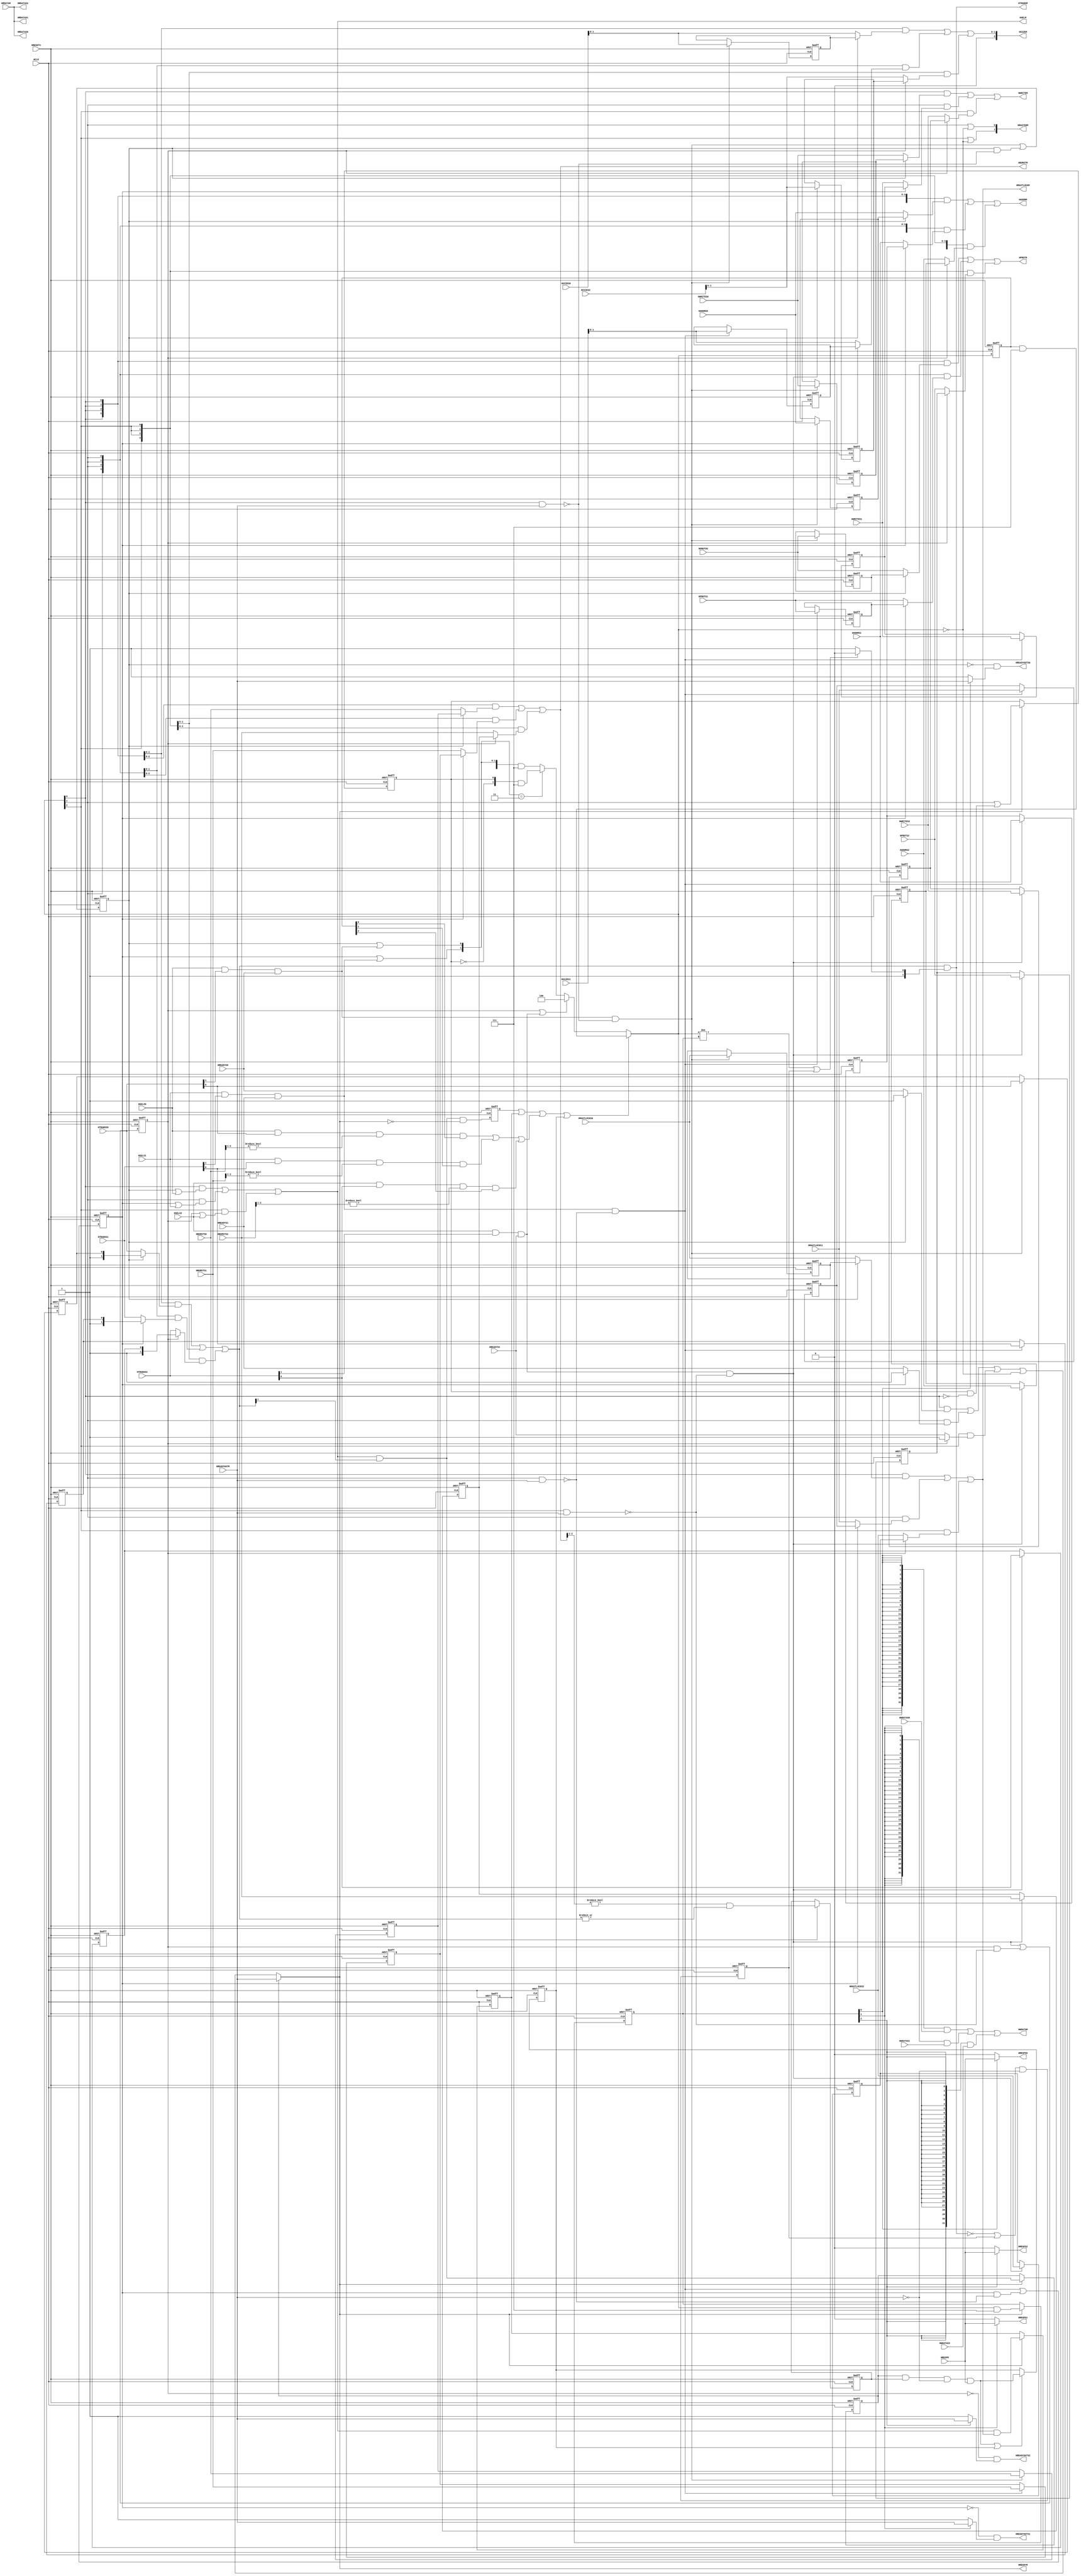
//-----------------------------------------------------------------------------
// The confidential and proprietary information contained in this file may
// only be used by a person authorised under and to the extent permitted
// by a subsisting licensing agreement from ARM Limited.
//
//            (C) COPYRIGHT 2010-2013 ARM Limited.
//                ALL RIGHTS RESERVED
//
// This entire notice must be reproduced on all copies of this file
// and copies of this file may only be made by a person if such person is
// permitted to do so under the terms of a subsisting license agreement
// from ARM Limited.
//
//      SVN Information
//
//      Checked In          : $Date: 2013-04-05 16:06:17 +0100 (Fri, 05 Apr 2013) $
//
//      Revision            : $Revision: 243003 $
//
//      Release Information : Cortex-M System Design Kit-r1p0-00rel0
//
//-----------------------------------------------------------------------------
//-----------------------------------------------------------------------------
// Abstract : Three to One AHB master multiplexer
//-----------------------------------------------------------------------------
// This block allows up to three bus masters to connect to an AHB slave.
// Each slave port for master connection (S0, S1, S2) can be disabled by
// parameter if not used.
// Port 0 and Port 1 are same priority - and use round robin arbitration.
// Port 2 is higher priority.

module cmsdk_ahb_master_mux #(
  // Parameters to enable/disable ports
  parameter PORT0_ENABLE=1,
  parameter PORT1_ENABLE=1,
  parameter PORT2_ENABLE=1,
  parameter DW=32)
 (
  // --------------------------------------------------------------------------------
  // I/O declaration
  // --------------------------------------------------------------------------------

  input  wire          HCLK,       // Clock
  input  wire          HRESETn,    // Reset

  // AHB connection to master #0
  input  wire          HSELS0,
  input  wire [31:0]   HADDRS0,
  input  wire  [1:0]   HTRANSS0,
  input  wire  [2:0]   HSIZES0,
  input  wire          HWRITES0,
  input  wire          HREADYS0,
  input  wire  [3:0]   HPROTS0,
  input  wire  [2:0]   HBURSTS0,
  input  wire          HMASTLOCKS0,
  input  wire [DW-1:0] HWDATAS0,

  output wire          HREADYOUTS0,
  output wire          HRESPS0,
  output wire [DW-1:0] HRDATAS0,

  // AHB connection to master #1
  input  wire          HSELS1,
  input  wire [31:0]   HADDRS1,
  input  wire  [1:0]   HTRANSS1,
  input  wire  [2:0]   HSIZES1,
  input  wire          HWRITES1,
  input  wire          HREADYS1,
  input  wire  [3:0]   HPROTS1,
  input  wire  [2:0]   HBURSTS1,
  input  wire          HMASTLOCKS1,
  input  wire [DW-1:0] HWDATAS1,

  output wire          HREADYOUTS1,
  output wire          HRESPS1,
  output wire [DW-1:0] HRDATAS1,

  // AHB connection to master #2
  input  wire          HSELS2,
  input  wire [31:0]   HADDRS2,
  input  wire  [1:0]   HTRANSS2,
  input  wire  [2:0]   HSIZES2,
  input  wire          HWRITES2,
  input  wire          HREADYS2,
  input  wire  [3:0]   HPROTS2,
  input  wire  [2:0]   HBURSTS2,
  input  wire          HMASTLOCKS2,
  input  wire [DW-1:0] HWDATAS2,

  output wire          HREADYOUTS2,
  output wire          HRESPS2,
  output wire [DW-1:0] HRDATAS2,

  // AHB output master port
  output wire          HSELM,
  output wire [31:0]   HADDRM,
  output wire  [1:0]   HTRANSM,
  output wire  [2:0]   HSIZEM,
  output wire          HWRITEM,
  output wire          HREADYM,
  output wire  [3:0]   HPROTM,
  output wire  [2:0]   HBURSTM,
  output wire          HMASTLOCKM,
  output wire [DW-1:0] HWDATAM,

  input  wire          HREADYOUTM,
  input  wire          HRESPM,
  input  wire [DW-1:0] HRDATAM,

  output wire  [1:0]   HMASTERM); // Indicate which master is currently selected
                                  // (address phase)
  // --------------------------------------------------------------------------------
  // Derived parameters

  localparam       HSIZE_W   = (DW > 64) ? 3 : 2; // Width of HSIZE that need to be stored
  localparam       HSIZE_MAX = HSIZE_W - 1;       // MSB of HSIZE register

  // ----------------------------------------
  // Internal wires declarations
  reg     [2:0] mux_sel_addr_phase; // Address phase select signal (one hot)
  reg     [2:0] mux_sel_data_phase; // Data phase select signal (one hot)
  reg     [2:0] mux_sel_addr_phase_reg; // Last mux_sel_addr_phase
  wire    [2:0] bus_request;      //  Bus transfer request from each master

  // Input stage #0
  wire          port_s0_trans_valid;
  wire          port_s0_input_hold;
  reg           port_s0_hold_active;
  wire          nxt_port_s0_hold_active;

  reg   [31:0]  haddr_s0_reg;    // Input buffer signals
  reg           htrans_s0_reg;   // HTRANS buffer:only bit 0 is needed because bit 1 is always 1
  reg           hwrite_s0_reg;
  reg    [HSIZE_MAX:0]  hsize_s0_reg;
  reg    [3:0]  hprot_s0_reg;
  reg    [2:0]  hburst_s0_reg;
  reg           hmastlock_s0_reg;

  // Input stage #0  results
  wire  [31:0]  haddr_s0_ips;
  wire   [1:0]  htrans_s0_ips;
  wire          hwrite_s0_ips;
  wire   [HSIZE_MAX:0]  hsize_s0_ips;
  wire   [3:0]  hprot_s0_ips;
  wire   [2:0]  hburst_s0_ips;
  wire          hmastlock_s0_ips;
  wire          hready_s0_ips;

  // Input stage #1
  wire          port_s1_trans_valid;
  wire          port_s1_input_hold;
  reg           port_s1_hold_active;
  wire          nxt_port_s1_hold_active;

  reg   [31:0]  haddr_s1_reg;    // Input buffer signals
  reg           htrans_s1_reg;   // HTRANS buffer:only bit 0 is needed because bit 1 is always 1
  reg           hwrite_s1_reg;
  reg    [HSIZE_MAX:0]  hsize_s1_reg;
  reg    [3:0]  hprot_s1_reg;
  reg    [2:0]  hburst_s1_reg;
  reg           hmastlock_s1_reg;

  // Input stage #1  results
  wire  [31:0]  haddr_s1_ips;
  wire   [1:0]  htrans_s1_ips;
  wire          hwrite_s1_ips;
  wire   [HSIZE_MAX:0]  hsize_s1_ips;
  wire   [3:0]  hprot_s1_ips;
  wire   [2:0]  hburst_s1_ips;
  wire          hmastlock_s1_ips;
  wire          hready_s1_ips;

  // Input stage #2
  wire          port_s2_trans_valid;
  wire          port_s2_input_hold;
  reg           port_s2_hold_active;
  wire          nxt_port_s2_hold_active;

  reg   [31:0]  haddr_s2_reg;    // Input buffer signals
  reg           htrans_s2_reg;   // HTRANS buffer:only bit 0 is needed because bit 1 is always 1
  reg           hwrite_s2_reg;
  reg    [HSIZE_MAX:0]  hsize_s2_reg;
  reg    [3:0]  hprot_s2_reg;
  reg    [2:0]  hburst_s2_reg;
  reg           hmastlock_s2_reg;

  // Input stage #2  results
  wire  [31:0]  haddr_s2_ips;
  wire   [1:0]  htrans_s2_ips;
  wire          hwrite_s2_ips;
  wire   [HSIZE_MAX:0]  hsize_s2_ips;
  wire   [3:0]  hprot_s2_ips;
  wire   [2:0]  hburst_s2_ips;
  wire          hmastlock_s2_ips;
  wire          hready_s2_ips;

  // Master Multiplexer signals
  wire          hsel_mux;
  wire  [31:0]  haddr_mux;
  wire   [1:0]  htrans_mux;
  wire          hwrite_mux;
  wire   [HSIZE_MAX:0]  hsize_mux;
  wire   [3:0]  hprot_mux;
  wire   [2:0]  hburst_mux;
  wire          hmastlock_mux;
  wire          hready_mux;
  wire  [DW-1:0]  hwdata_mux;

  wire   [2:0]  port_enable_mask;
  reg           active_transfer_reg; // active data phase
  wire          nxt_active_transfer;

  // ----------------------------------------
  // Start of main code
    // mask signal to remove unused logic
  assign port_enable_mask[0] = (PORT0_ENABLE!=1'b0) ? 1'b1 : 1'b0;
  assign port_enable_mask[1] = (PORT1_ENABLE!=1'b0) ? 1'b1 : 1'b0;
  assign port_enable_mask[2] = (PORT2_ENABLE!=1'b0) ? 1'b1 : 1'b0;
  // ----------------------------------------
  // Port #0 Input stage

  // A transfer request is made
  assign port_s0_trans_valid = HSELS0 & HTRANSS0[1] & HREADYS0;
  // A transfer needs to be held
  assign port_s0_input_hold  = port_s0_trans_valid & (~(mux_sel_addr_phase[0] & HREADYOUTM));
  // Hold the active status until the request has been transfered to slave port
  assign nxt_port_s0_hold_active = port_s0_input_hold | (port_s0_hold_active & (~(mux_sel_addr_phase[0] & HREADYOUTM)));

  // Hold active register
  always @(posedge HCLK or negedge HRESETn)
  begin
    if (~HRESETn)
      port_s0_hold_active <= 1'b0;
    else if (port_enable_mask[0])
      port_s0_hold_active <= nxt_port_s0_hold_active;
  end

  // Holding registers
  always @(posedge HCLK or negedge HRESETn)
  begin
    if (~HRESETn)
      begin
      haddr_s0_reg     <= {32{1'b0}};
      htrans_s0_reg    <= 1'b0;
      hwrite_s0_reg    <= 1'b0;
      hsize_s0_reg     <= {HSIZE_W{1'b0}};
      hprot_s0_reg     <= {4{1'b0}};
      hburst_s0_reg    <= {3{1'b0}};
      hmastlock_s0_reg <= 1'b0;
      end
    else if (port_s0_input_hold & port_enable_mask[0])
      begin
      haddr_s0_reg     <= HADDRS0;
      htrans_s0_reg    <= HTRANSS0[0];
      hwrite_s0_reg    <= HWRITES0;
      hsize_s0_reg     <= HSIZES0[HSIZE_MAX:0];
      hprot_s0_reg     <= HPROTS0;
      hburst_s0_reg    <= HBURSTS0;
      hmastlock_s0_reg <= HMASTLOCKS0;
      end
  end

  // multiplexing of input/holding registers
  assign haddr_s0_ips     = (port_s0_hold_active) ? haddr_s0_reg    : HADDRS0;
  assign htrans_s0_ips    = (port_s0_hold_active) ? {1'b1, htrans_s0_reg}: HTRANSS0;
  assign hwrite_s0_ips    = (port_s0_hold_active) ? hwrite_s0_reg   : HWRITES0;
  assign hsize_s0_ips     = (port_s0_hold_active) ? hsize_s0_reg    : HSIZES0[HSIZE_MAX:0];
  assign hprot_s0_ips     = (port_s0_hold_active) ? hprot_s0_reg    : HPROTS0;
  assign hburst_s0_ips    = (port_s0_hold_active) ? hburst_s0_reg   : HBURSTS0;
  assign hmastlock_s0_ips = (port_s0_hold_active) ? hmastlock_s0_reg: HMASTLOCKS0;
  assign hready_s0_ips    = (port_s0_hold_active) ? 1'b1            : HREADYS0;

  // Result to master
    // Wait state generated if transfer request held in hold buffer, or
    // Data phase select active and HREADYOUTM is low, otherwise HREADYOUT is 1
  assign HREADYOUTS0 = (~port_s0_hold_active) &
                       ((mux_sel_data_phase[0]) ? HREADYOUTM : 1'b1);
  assign HRESPS0     = ((mux_sel_data_phase[0]) ? HRESPM     : 1'b0);
  assign HRDATAS0    =                            HRDATAM;

  // ----------------------------------------
  // Port #1 Input stage

  // A transfer request is made
  assign port_s1_trans_valid = HSELS1 & HTRANSS1[1] & HREADYS1;
  // A transfer needs to be held
  assign port_s1_input_hold  = port_s1_trans_valid & (~(mux_sel_addr_phase[1] & HREADYOUTM));
  // Hold the active status until the request has been transfered to slave port
  assign nxt_port_s1_hold_active = port_s1_input_hold | (port_s1_hold_active & (~(mux_sel_addr_phase[1] & HREADYOUTM)));

  // Hold active register
  always @(posedge HCLK or negedge HRESETn)
  begin
    if (~HRESETn)
      port_s1_hold_active <= 1'b0;
    else if (port_enable_mask[1])
      port_s1_hold_active <= nxt_port_s1_hold_active;
  end

  // Holding registers
  always @(posedge HCLK or negedge HRESETn)
  begin
    if (~HRESETn)
      begin
      haddr_s1_reg     <= {32{1'b0}};
      htrans_s1_reg    <= 1'b0;
      hwrite_s1_reg    <= 1'b0;
      hsize_s1_reg     <= {HSIZE_W{1'b0}};
      hprot_s1_reg     <= {4{1'b0}};
      hburst_s1_reg    <= {3{1'b0}};
      hmastlock_s1_reg <= 1'b0;
      end
    else if (port_s1_input_hold & port_enable_mask[1])
      begin
      haddr_s1_reg     <= HADDRS1;
      htrans_s1_reg    <= HTRANSS1[0];
      hwrite_s1_reg    <= HWRITES1;
      hsize_s1_reg     <= HSIZES1[HSIZE_MAX:0];
      hprot_s1_reg     <= HPROTS1;
      hburst_s1_reg    <= HBURSTS1;
      hmastlock_s1_reg <= HMASTLOCKS1;
      end
  end

  // multiplexing of input/holding registers
  assign haddr_s1_ips     = (port_s1_hold_active) ? haddr_s1_reg    : HADDRS1;
  assign htrans_s1_ips    = (port_s1_hold_active) ? {1'b1, htrans_s1_reg}: HTRANSS1;
  assign hwrite_s1_ips    = (port_s1_hold_active) ? hwrite_s1_reg   : HWRITES1;
  assign hsize_s1_ips     = (port_s1_hold_active) ? hsize_s1_reg    : HSIZES1[HSIZE_MAX:0];
  assign hprot_s1_ips     = (port_s1_hold_active) ? hprot_s1_reg    : HPROTS1;
  assign hburst_s1_ips    = (port_s1_hold_active) ? hburst_s1_reg   : HBURSTS1;
  assign hmastlock_s1_ips = (port_s1_hold_active) ? hmastlock_s1_reg: HMASTLOCKS1;
  assign hready_s1_ips    = (port_s1_hold_active) ? 1'b1            : HREADYS1;

  // Result to master
    // Wait state generated if transfer request held in hold buffer, or
    // Data phase select active and HREADYOUTM is low, otherwise HREADYOUT is 1
  assign HREADYOUTS1 = (~port_s1_hold_active) &
                       ((mux_sel_data_phase[1]) ? HREADYOUTM : 1'b1);
  assign HRESPS1     = ((mux_sel_data_phase[1]) ? HRESPM     : 1'b0);
  assign HRDATAS1    =                            HRDATAM;

  // ----------------------------------------
  // Port #2 Input stage

  // A transfer request is made
  assign port_s2_trans_valid = HSELS2 & HTRANSS2[1] & HREADYS2;

  // A transfer need to be hold
  assign port_s2_input_hold  = port_s2_trans_valid & (~(mux_sel_addr_phase[2] & HREADYOUTM));

  // Hold the active status until the request has been transfered to slave port
  assign nxt_port_s2_hold_active = port_s2_input_hold | (port_s2_hold_active & (~(mux_sel_addr_phase[2] & HREADYOUTM)));

  // Hold active register
  always @(posedge HCLK or negedge HRESETn)
  begin
    if (~HRESETn)
      port_s2_hold_active <= 1'b0;
    else if (port_enable_mask[2])
      port_s2_hold_active <= nxt_port_s2_hold_active;
  end

  // Holding registers
  always @(posedge HCLK or negedge HRESETn)
  begin
    if (~HRESETn)
      begin
      haddr_s2_reg     <= {32{1'b0}};
      htrans_s2_reg    <= 1'b0;
      hwrite_s2_reg    <= 1'b0;
      hsize_s2_reg     <= {HSIZE_W{1'b0}};
      hprot_s2_reg     <= {4{1'b0}};
      hburst_s2_reg    <= {3{1'b0}};
      hmastlock_s2_reg <= 1'b0;
      end
    else if (port_s2_input_hold & port_enable_mask[2])
      begin
      haddr_s2_reg     <= HADDRS2;
      htrans_s2_reg    <= HTRANSS2[0];
      hwrite_s2_reg    <= HWRITES2;
      hsize_s2_reg     <= HSIZES2[HSIZE_MAX:0];
      hprot_s2_reg     <= HPROTS2;
      hburst_s2_reg    <= HBURSTS2;
      hmastlock_s2_reg <= HMASTLOCKS2;
      end
  end

  // multiplexing of input/holding registers
  assign haddr_s2_ips     = (port_s2_hold_active) ? haddr_s2_reg    : HADDRS2;
  assign htrans_s2_ips    = (port_s2_hold_active) ? {1'b1, htrans_s2_reg}: HTRANSS2;
  assign hwrite_s2_ips    = (port_s2_hold_active) ? hwrite_s2_reg   : HWRITES2;
  assign hsize_s2_ips     = (port_s2_hold_active) ? hsize_s2_reg    : HSIZES2[HSIZE_MAX:0];
  assign hprot_s2_ips     = (port_s2_hold_active) ? hprot_s2_reg    : HPROTS2;
  assign hburst_s2_ips    = (port_s2_hold_active) ? hburst_s2_reg   : HBURSTS2;
  assign hmastlock_s2_ips = (port_s2_hold_active) ? hmastlock_s2_reg: HMASTLOCKS2;
  assign hready_s2_ips    = (port_s2_hold_active) ? 1'b1            : HREADYS2;

  // Result to master
    // Wait state generated if transfer request held in hold buffer, or
    // Data phase select active and HREADYOUTM is low, otherwise HREADYOUT is 1
  assign HREADYOUTS2 = (~port_s2_hold_active) &
                       ((mux_sel_data_phase[2]) ? HREADYOUTM : 1'b1);
  assign HRESPS2     = ((mux_sel_data_phase[2]) ? HRESPM     : 1'b0);
  assign HRDATAS2    =                            HRDATAM;

  // ----------------------------------------
  // Arbiter stage

  // Determine cases where it must not switch over
        // 1) Transfer is announced on the bus in last cycle but HREADY (HREADYM to slaves) was low
        wire   trans_announced_stalled = hsel_mux & htrans_mux[1] & (~hready_mux);
        reg    trans_announced_stalled_reg;

        always @(posedge HCLK or negedge HRESETn)
          begin
          if (~HRESETn)
            trans_announced_stalled_reg <= 1'b0;
          else
            trans_announced_stalled_reg <= trans_announced_stalled;
          end

        // 2) Locked transfer (dataphase HMASTLOCK is 1)
        //    - Sample at address phase
        wire   locked_active_trans = hsel_mux & hmastlock_mux;
        reg    locked_active_trans_reg;

        //    - Register to data phase
        always @(posedge HCLK or negedge HRESETn)
          begin
          if (~HRESETn)
            locked_active_trans_reg <= 1'b0;
          else if (hready_mux)
            locked_active_trans_reg <= locked_active_trans;
          end

        // 3) Fixed length Burst
           // Fixed length Burst on going in port #0 and was last selected port
        wire   fixed_length_burst0 = HSELS0 & HTRANSS0[0] & (HBURSTS0[2:1] != 2'b00) & mux_sel_addr_phase_reg[0];
           // Fixed length Burst on going in port #1 and was last selected port
        wire   fixed_length_burst1 = HSELS1 & HTRANSS1[0] & (HBURSTS1[2:1] != 2'b00) & mux_sel_addr_phase_reg[1];
           // Fixed length Burst on going in port #2 and was last selected port
        wire   fixed_length_burst2 = HSELS2 & HTRANSS2[0] & (HBURSTS2[2:1] != 2'b00) & mux_sel_addr_phase_reg[2];
           // Combined burst detect
        wire   fixed_length_burst = fixed_length_burst0 | fixed_length_burst1 | fixed_length_burst2;

        // 4) Error response canceling in burst
           //  A master might switch to idle in the 2nd cycle of error response during a fixed length
           //  burst.  In this case, the cmsdk_ahb_master_mux should not switch over the bus to another
           //  master and let the idle transfer get through
        reg   reg_fixed_length_burst;  // Fixed length burst in data phase
        wire  nxt_fixed_length_burst;  // Detect of active fixed length burst
        reg   reg_fixed_length_burst_err; // Registered error detect signal during fixed length burst
        wire  nxt_fixed_length_burst_err; // Error detect signal during fixed length burst (1st cycle)

        // Detect fixed length bursts
        assign nxt_fixed_length_burst = (hburst_mux[2:1] != 2'b00) & (|htrans_mux);
        // Register information to data phase
        always @(posedge HCLK or negedge HRESETn)
          begin
          if (~HRESETn)
            reg_fixed_length_burst <= 1'b0;
          else if (hready_mux)
            reg_fixed_length_burst <= nxt_fixed_length_burst;
          end

        // Set to 1 in the first cycle of error response during a fixed length burst data phase
        assign nxt_fixed_length_burst_err = active_transfer_reg & reg_fixed_length_burst &
                                            (~HREADYOUTM) & HRESPM;

        // Delay the pulse to 2nd cycle of the error response
        always @(posedge HCLK or negedge HRESETn)
          begin
          if (~HRESETn)
            reg_fixed_length_burst_err <= 1'b0;
          else if (nxt_fixed_length_burst_err|reg_fixed_length_burst_err)
            reg_fixed_length_burst_err <= nxt_fixed_length_burst_err;
          end

  // Store last address selection
  always @(posedge HCLK or negedge HRESETn)
    begin
      if (~HRESETn)
        mux_sel_addr_phase_reg <= 3'b000;
      else
        mux_sel_addr_phase_reg <= mux_sel_addr_phase;
    end

  // Registering last master selection between port 0 and port 1
  // for round robin arbitration. Set if port 1 is selected, clear if port 0 is selected.
  // No change if port 2 is selected.
  reg  reg_round_robin_state;
  wire nxt_round_robin_state;
  assign nxt_round_robin_state = (mux_sel_addr_phase[1] & port_enable_mask[1]) |
                                 (reg_round_robin_state & ((~mux_sel_addr_phase[0]) & port_enable_mask[0]));

  always @(posedge HCLK or negedge HRESETn)
    begin
      if (~HRESETn)
        reg_round_robin_state <= 1'b0;
      else if (hready_mux)
        reg_round_robin_state <= nxt_round_robin_state;
    end

  // Arbitration
  assign bus_request[0] = (port_s0_hold_active | port_s0_trans_valid) & port_enable_mask[0];
  assign bus_request[1] = (port_s1_hold_active | port_s1_trans_valid) & port_enable_mask[1];
  assign bus_request[2] = (port_s2_hold_active | port_s2_trans_valid) & port_enable_mask[2];

  // Arbitration process
  always @(mux_sel_addr_phase_reg or trans_announced_stalled_reg or
           locked_active_trans_reg or fixed_length_burst or reg_fixed_length_burst_err or
           bus_request or reg_round_robin_state or port_enable_mask)
    begin
      if (trans_announced_stalled_reg | locked_active_trans_reg | fixed_length_burst |
          reg_fixed_length_burst_err)
        // Selection unchange for four conditions
        // (announced transfer delayed, locked transfer, fixed length burst, error at fixed length bursts)
        mux_sel_addr_phase = mux_sel_addr_phase_reg & port_enable_mask;
      else if (bus_request[2]) // Port 2 - high priority
        mux_sel_addr_phase = 3'b100 & port_enable_mask; // Port 2 selected
      else if (bus_request[1:0]==2'b11) // Round robin
        // if data phase is selecting port #1, then select port #0
        // else select port #1
        mux_sel_addr_phase = ({1'b0, ~reg_round_robin_state, reg_round_robin_state}) & port_enable_mask;
      else
        mux_sel_addr_phase = bus_request & port_enable_mask;
    end

  // Data phase select signal
  wire [2:0] nxt_mux_sel_data_phase;
  assign     nxt_mux_sel_data_phase = mux_sel_addr_phase & port_enable_mask;

  always @(posedge HCLK or negedge HRESETn)
    begin
      if (~HRESETn)
        mux_sel_data_phase <= 3'b000;
      else if (hready_mux)
        mux_sel_data_phase <= nxt_mux_sel_data_phase;
    end

  // Detect active transfer in data phase
  assign nxt_active_transfer = hsel_mux & htrans_mux[1];

  always @(posedge HCLK or negedge HRESETn)
    begin
      if (~HRESETn)
        active_transfer_reg <= 1'b0;
      else if (hready_mux)
        active_transfer_reg <= nxt_active_transfer;
    end

  // ----------------------------------------
  // Master Multiplexer signals

  // Address phase
  assign   hsel_mux   =  ((   mux_sel_addr_phase[0]) & (port_s0_hold_active|HSELS0)) |
                         ((   mux_sel_addr_phase[1]) & (port_s1_hold_active|HSELS1)) |
                         ((   mux_sel_addr_phase[2]) & (port_s2_hold_active|HSELS2)) ;
  assign   haddr_mux  =  ({32{mux_sel_addr_phase[0]}} & haddr_s0_ips) |
                         ({32{mux_sel_addr_phase[1]}} & haddr_s1_ips) |
                         ({32{mux_sel_addr_phase[2]}} & haddr_s2_ips) ;
  assign   htrans_mux =  ({ 2{mux_sel_addr_phase[0]}} & htrans_s0_ips) |
                         ({ 2{mux_sel_addr_phase[1]}} & htrans_s1_ips) |
                         ({ 2{mux_sel_addr_phase[2]}} & htrans_s2_ips) ;
  assign   hwrite_mux =  (    mux_sel_addr_phase[0]   & hwrite_s0_ips) |
                         (    mux_sel_addr_phase[1]   & hwrite_s1_ips) |
                         (    mux_sel_addr_phase[2]   & hwrite_s2_ips) ;
  assign   hsize_mux  =  ({ HSIZE_W{mux_sel_addr_phase[0]}} & hsize_s0_ips) |
                         ({ HSIZE_W{mux_sel_addr_phase[1]}} & hsize_s1_ips) |
                         ({ HSIZE_W{mux_sel_addr_phase[2]}} & hsize_s2_ips) ;
  assign   hprot_mux  =  ({ 4{mux_sel_addr_phase[0]}} & hprot_s0_ips) |
                         ({ 4{mux_sel_addr_phase[1]}} & hprot_s1_ips) |
                         ({ 4{mux_sel_addr_phase[2]}} & hprot_s2_ips) ;
  assign   hburst_mux =  ({ 3{mux_sel_addr_phase[0]}} & hburst_s0_ips) |
                         ({ 3{mux_sel_addr_phase[1]}} & hburst_s1_ips) |
                         ({ 3{mux_sel_addr_phase[2]}} & hburst_s2_ips) ;
  assign   hmastlock_mux=(    mux_sel_addr_phase[0]   & hmastlock_s0_ips) |
                         (    mux_sel_addr_phase[1]   & hmastlock_s1_ips) |
                         (    mux_sel_addr_phase[2]   & hmastlock_s2_ips) ;

  //  If there is an active data transfer, hready_mux = HREADYOUTM
  //  otherwise, route HREADY signals from master side
  assign   hready_mux =  (active_transfer_reg) ?
                         HREADYOUTM :
                         (
                          (    mux_sel_addr_phase[0]   & hready_s0_ips) |
                          (    mux_sel_addr_phase[1]   & hready_s1_ips) |
                          (    mux_sel_addr_phase[2]   & hready_s2_ips) |
                          (    mux_sel_addr_phase == 3'b000)); // if nothing is selected, HREADY=1

  // Data phase
  assign   hwdata_mux =  ({DW{(mux_sel_data_phase[0] & port_enable_mask[0])}} & HWDATAS0) |
                         ({DW{(mux_sel_data_phase[1] & port_enable_mask[1])}} & HWDATAS1) |
                         ({DW{(mux_sel_data_phase[2] & port_enable_mask[2])}} & HWDATAS2) ;

  // If HTRANSM has been IDLE, make sure HTRANSM will not switch from IDLE->SEQ
  // or IDLE->NSEQ->SEQ within one address phase.  The flag is reset for ever address phase.
  reg      reg_idle_flag;
  wire     nxt_idle_flag = ((HTRANSM==2'b00) | reg_idle_flag) & (~HREADYOUTM);

  always @(posedge HCLK or negedge HRESETn)
    begin
      if (~HRESETn)
        reg_idle_flag <= 1'b0;
      else
        reg_idle_flag <= nxt_idle_flag;
    end

  // If master has been switched or if idle_flag is set, make sure HTRANSM is not SEQ
  wire    [1:0]  seq_tran_suppress = ((mux_sel_addr_phase != mux_sel_data_phase)|reg_idle_flag) ? 2'b10 : 2'b11;

  // ----------------------------------------
  // Connect to top levels
  assign   HSELM      = hsel_mux;
  assign   HADDRM     = haddr_mux;
  assign   HTRANSM    = htrans_mux & seq_tran_suppress;
  assign   HWRITEM    = hwrite_mux;
  assign   HREADYM    = hready_mux;
  assign   HSIZEM[1:0] = hsize_mux;
  assign   HSIZEM[2]   = (DW > 64) ? hsize_mux[HSIZE_MAX] : 1'b0;
  assign   HPROTM     = hprot_mux;
  assign   HBURSTM    = hburst_mux;
  assign   HMASTLOCKM = hmastlock_mux;
  assign   HWDATAM    = hwdata_mux;

  // HMASTER : 2'b00 = Port 0 (mux_sel_addr_phase==3'b001)
  //           2'b01 = Port 1 (mux_sel_addr_phase==3'b010)
  //           2'b10 = Port 2 (mux_sel_addr_phase==3'b100)
  //           2'b11 = None   (mux_sel_addr_phase==3'b000)
  assign   HMASTERM[1]  = mux_sel_addr_phase[2] | (mux_sel_addr_phase==3'b000);
  assign   HMASTERM[0]  = mux_sel_addr_phase[1] | (mux_sel_addr_phase==3'b000);

`ifdef ARM_AHB_ASSERT_ON
`include "std_ovl_defines.h"
   // ------------------------------------------------------------
   // Assertions
   // ------------------------------------------------------------


   // mux_sel_addr_phase must be one-hot
   assert_zero_one_hot
     #(`OVL_FATAL,3,`OVL_ASSERT,
       "Only one bit of mux_sel_addr_phase can be activated at a time.")
   u_ovl_mux_sel_addr_phase_one_hot
     (.clk(HCLK), .reset_n(HRESETn),
      .test_expr(mux_sel_addr_phase));

   // mux_sel_data_phase must be one-hot
   assert_zero_one_hot
     #(`OVL_FATAL,3,`OVL_ASSERT,
       "Only one bit of mux_sel_data_phase can be activated at a time.")
   u_ovl_mux_sel_data_phase_one_hot
     (.clk(HCLK), .reset_n(HRESETn),
      .test_expr(mux_sel_data_phase));

   // When HREADYOUTM is low, HREADYM should be low
   assert_never
     #(`OVL_ERROR,`OVL_ASSERT,
       "HREADY should be low when HREADYOUT is low")
   u_ovl_ready_mismatch
     (.clk(HCLK), .reset_n(HRESETn),
      .test_expr( (~HREADYOUTM) & HREADYM )
      );

   // When a port is disabled, HMASTERM should never indicate it is active
   assert_never
     #(`OVL_ERROR,`OVL_ASSERT,
       "HMASTER indicate port 0 selected but port 0 is disabled")
   u_ovl_hmaster_disable_mismatch_0
     (.clk(HCLK), .reset_n(HRESETn),
      .test_expr((HMASTERM==2'b00) & (port_enable_mask[0]==1'b0))
      );

   assert_never
     #(`OVL_ERROR,`OVL_ASSERT,
       "HMASTER indicate port 1 selected but port 1 is disabled")
   u_ovl_hmaster_disable_mismatch_1
     (.clk(HCLK), .reset_n(HRESETn),
      .test_expr((HMASTERM==2'b01) & (port_enable_mask[1]==1'b0))
      );

   assert_never
     #(`OVL_ERROR,`OVL_ASSERT,
       "HMASTER indicate port 2 selected but port 2 is disabled")
   u_ovl_hmaster_disable_mismatch_2
     (.clk(HCLK), .reset_n(HRESETn),
      .test_expr((HMASTERM==2'b10) & (port_enable_mask[2]==1'b0))
      );

   //  When mux_sel_data_phase is 0 (no master active),
   //  HREADYOUTM should be high and HRESPM should be 0
   assert_implication
     #(`OVL_ERROR,`OVL_ASSERT,
       "When no port is selected at data phase, response from slave should be okay")
   u_ovl_no_select_data_phase
     (.clk(HCLK), .reset_n(HRESETn),
      .antecedent_expr(mux_sel_data_phase==3'b000),
      .consequent_expr((HREADYOUTM==1'b1) &
                       (HRESPM==1'b0))
      );

   // If a master port is disabled, HREADOUTSx and HRESPSx should
   // always be OKAY
   assert_implication
     #(`OVL_ERROR,`OVL_ASSERT,
       "Non-OKAY response in disabled port")
   u_ovl_disabled_port_non_okay_resp_0
     (.clk(HCLK), .reset_n(HRESETn),
      .antecedent_expr(port_enable_mask[0]==1'b0),
      .consequent_expr((HREADYOUTS0==1'b1) &
                       (HRESPS0==1'b0))
      );

   assert_implication
     #(`OVL_ERROR,`OVL_ASSERT,
       "Non-OKAY response in disabled port")
   u_ovl_disabled_port_non_okay_resp_1
     (.clk(HCLK), .reset_n(HRESETn),
      .antecedent_expr(port_enable_mask[1]==1'b0),
      .consequent_expr((HREADYOUTS1==1'b1) &
                       (HRESPS1==1'b0))
      );

   assert_implication
     #(`OVL_ERROR,`OVL_ASSERT,
       "Non-OKAY response in disabled port")
   u_ovl_disabled_port_non_okay_resp_2
     (.clk(HCLK), .reset_n(HRESETn),
      .antecedent_expr(port_enable_mask[2]==1'b0),
      .consequent_expr((HREADYOUTS2==1'b1) &
                       (HRESPS2==1'b0))
      );

   // Detect incorrect parameter values
   assert_never
     #(`OVL_ERROR,`OVL_ASSERT,
       "Active transfer in disabled port 0")
   u_ovl_disable_cfg_mismatch_0
     (.clk(HCLK), .reset_n(HRESETn),
      .test_expr((port_s0_trans_valid==1'b1) & (port_enable_mask[0]==1'b0))
      );

   assert_never
     #(`OVL_ERROR,`OVL_ASSERT,
       "Active transfer in disabled port 1")
   u_ovl_disable_cfg_mismatch_1
     (.clk(HCLK), .reset_n(HRESETn),
      .test_expr((port_s1_trans_valid==1'b1) & (port_enable_mask[1]==1'b0))
      );

   assert_never
     #(`OVL_ERROR,`OVL_ASSERT,
       "Active transfer in disabled port 2")
   u_ovl_disable_cfg_mismatch_2
     (.clk(HCLK), .reset_n(HRESETn),
      .test_expr((port_s2_trans_valid==1'b1) & (port_enable_mask[2]==1'b0))
      );

   // Create data phase active signal for each input stage
   reg      ovl_reg_data_phase_active_0;
   reg      ovl_reg_data_phase_active_1;
   reg      ovl_reg_data_phase_active_2;

   always @(posedge HCLK or negedge HRESETn)
   begin
   if (~HRESETn)
     ovl_reg_data_phase_active_0 <= 1'b0;
   else if (HREADYS0 & port_enable_mask[0])
     ovl_reg_data_phase_active_0 <= port_s0_trans_valid;
   end

   always @(posedge HCLK or negedge HRESETn)
   begin
   if (~HRESETn)
     ovl_reg_data_phase_active_1 <= 1'b0;
   else if (HREADYS1 & port_enable_mask[1])
     ovl_reg_data_phase_active_1 <= port_s1_trans_valid;
   end

   always @(posedge HCLK or negedge HRESETn)
   begin
   if (~HRESETn)
     ovl_reg_data_phase_active_2 <= 1'b0;
   else if (HREADYS2 & port_enable_mask[2])
     ovl_reg_data_phase_active_2 <= port_s2_trans_valid;
   end

   assert_implication
     #(`OVL_ERROR,`OVL_ASSERT,
       "Non-OKAY response in IDLE/BUSY transfers in port 0")
   u_ovl_idle_or_busy_non_okay_resp_0
     (.clk(HCLK), .reset_n(HRESETn),
      .antecedent_expr((ovl_reg_data_phase_active_0==1'b0)),
      .consequent_expr((HREADYOUTS0==1'b1) &
                       (HRESPS0==1'b0))
      );

   assert_implication
     #(`OVL_ERROR,`OVL_ASSERT,
       "Non-OKAY response in IDLE/BUSY transfers in port 1")
   u_ovl_idle_or_busy_non_okay_resp_1
     (.clk(HCLK), .reset_n(HRESETn),
      .antecedent_expr((ovl_reg_data_phase_active_1==1'b0)),
      .consequent_expr((HREADYOUTS1==1'b1) &
                       (HRESPS1==1'b0))
      );

   assert_implication
     #(`OVL_ERROR,`OVL_ASSERT,
       "Non-OKAY response in IDLE/BUSY transfers in port 2")
   u_ovl_idle_or_busy_non_okay_resp_2
     (.clk(HCLK), .reset_n(HRESETn),
      .antecedent_expr((ovl_reg_data_phase_active_2==1'b0)),
      .consequent_expr((HREADYOUTS2==1'b1) &
                       (HRESPS2==1'b0))
      );

   // During transfer data phase, when master receive HREADYOUTS[n] = 1,
   // mux_sel_data_phase[n] should also be 1
   assert_implication
     #(`OVL_ERROR,`OVL_ASSERT,
       "Data phase select error in port 0")
   u_ovl_active_data_phase_ctrl_mismatch_0
     (.clk(HCLK), .reset_n(HRESETn),
      .antecedent_expr((ovl_reg_data_phase_active_0==1'b1) & (HREADYOUTS0==1'b1)),
      .consequent_expr(mux_sel_data_phase[0]==1'b1)
      );

   assert_implication
     #(`OVL_ERROR,`OVL_ASSERT,
       "Data phase select error in port 1")
   u_ovl_active_data_phase_ctrl_mismatch_1
     (.clk(HCLK), .reset_n(HRESETn),
      .antecedent_expr((ovl_reg_data_phase_active_1==1'b1) & (HREADYOUTS1==1'b1)),
      .consequent_expr(mux_sel_data_phase[1]==1'b1)
      );

   assert_implication
     #(`OVL_ERROR,`OVL_ASSERT,
       "Data phase select error in port 2")
   u_ovl_active_data_phase_ctrl_mismatch_2
     (.clk(HCLK), .reset_n(HRESETn),
      .antecedent_expr((ovl_reg_data_phase_active_2==1'b1) & (HREADYOUTS2==1'b1)),
      .consequent_expr(mux_sel_data_phase[2]==1'b1)
      );

   // Check response match at the end of transfer
   // Note: data cannot be checked because data could be X (it is legal)
   assert_implication
     #(`OVL_ERROR,`OVL_ASSERT,
       "Data phase resp mistmatch in port 0")
   u_ovl_active_data_phase_resp_mismatch_0
     (.clk(HCLK), .reset_n(HRESETn),
      .antecedent_expr((ovl_reg_data_phase_active_0==1'b1) & (HREADYOUTS0==1'b1)),
      .consequent_expr(HRESPS0==HRESPM));

   assert_implication
     #(`OVL_ERROR,`OVL_ASSERT,
       "Data phase resp mistmatch in port 1")
   u_ovl_active_data_phase_resp_mismatch_1
     (.clk(HCLK), .reset_n(HRESETn),
      .antecedent_expr((ovl_reg_data_phase_active_1==1'b1) & (HREADYOUTS1==1'b1)),
      .consequent_expr(HRESPS1==HRESPM));

   assert_implication
     #(`OVL_ERROR,`OVL_ASSERT,
       "Data phase resp mistmatch in port 2")
   u_ovl_active_data_phase_resp_mismatch_2
     (.clk(HCLK), .reset_n(HRESETn),
      .antecedent_expr((ovl_reg_data_phase_active_2==1'b1) & (HREADYOUTS2==1'b1)),
      .consequent_expr(HRESPS2==HRESPM));

`endif

`ifdef ARM_ASSERT_ON

`ifdef ARM_AHB_ASSERT_ON
`else
`include "std_ovl_defines.h"
`endif


`endif
endmodule